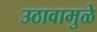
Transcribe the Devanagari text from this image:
उठावामुळे